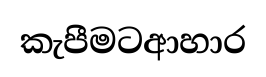
කැපීමටආහාර